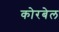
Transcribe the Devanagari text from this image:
कोरबेल